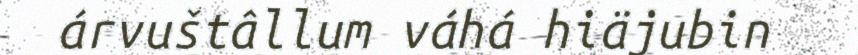
árvuštâllum váhá hiäjubin